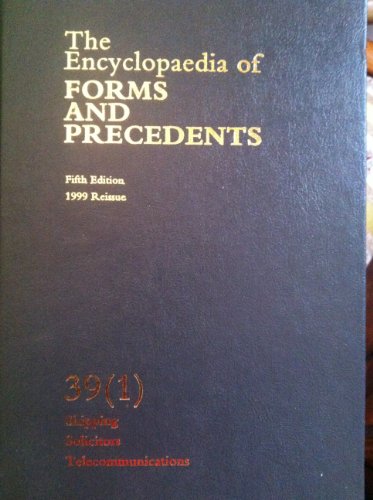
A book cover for Encyclopedia of Forms and Precedents; Law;